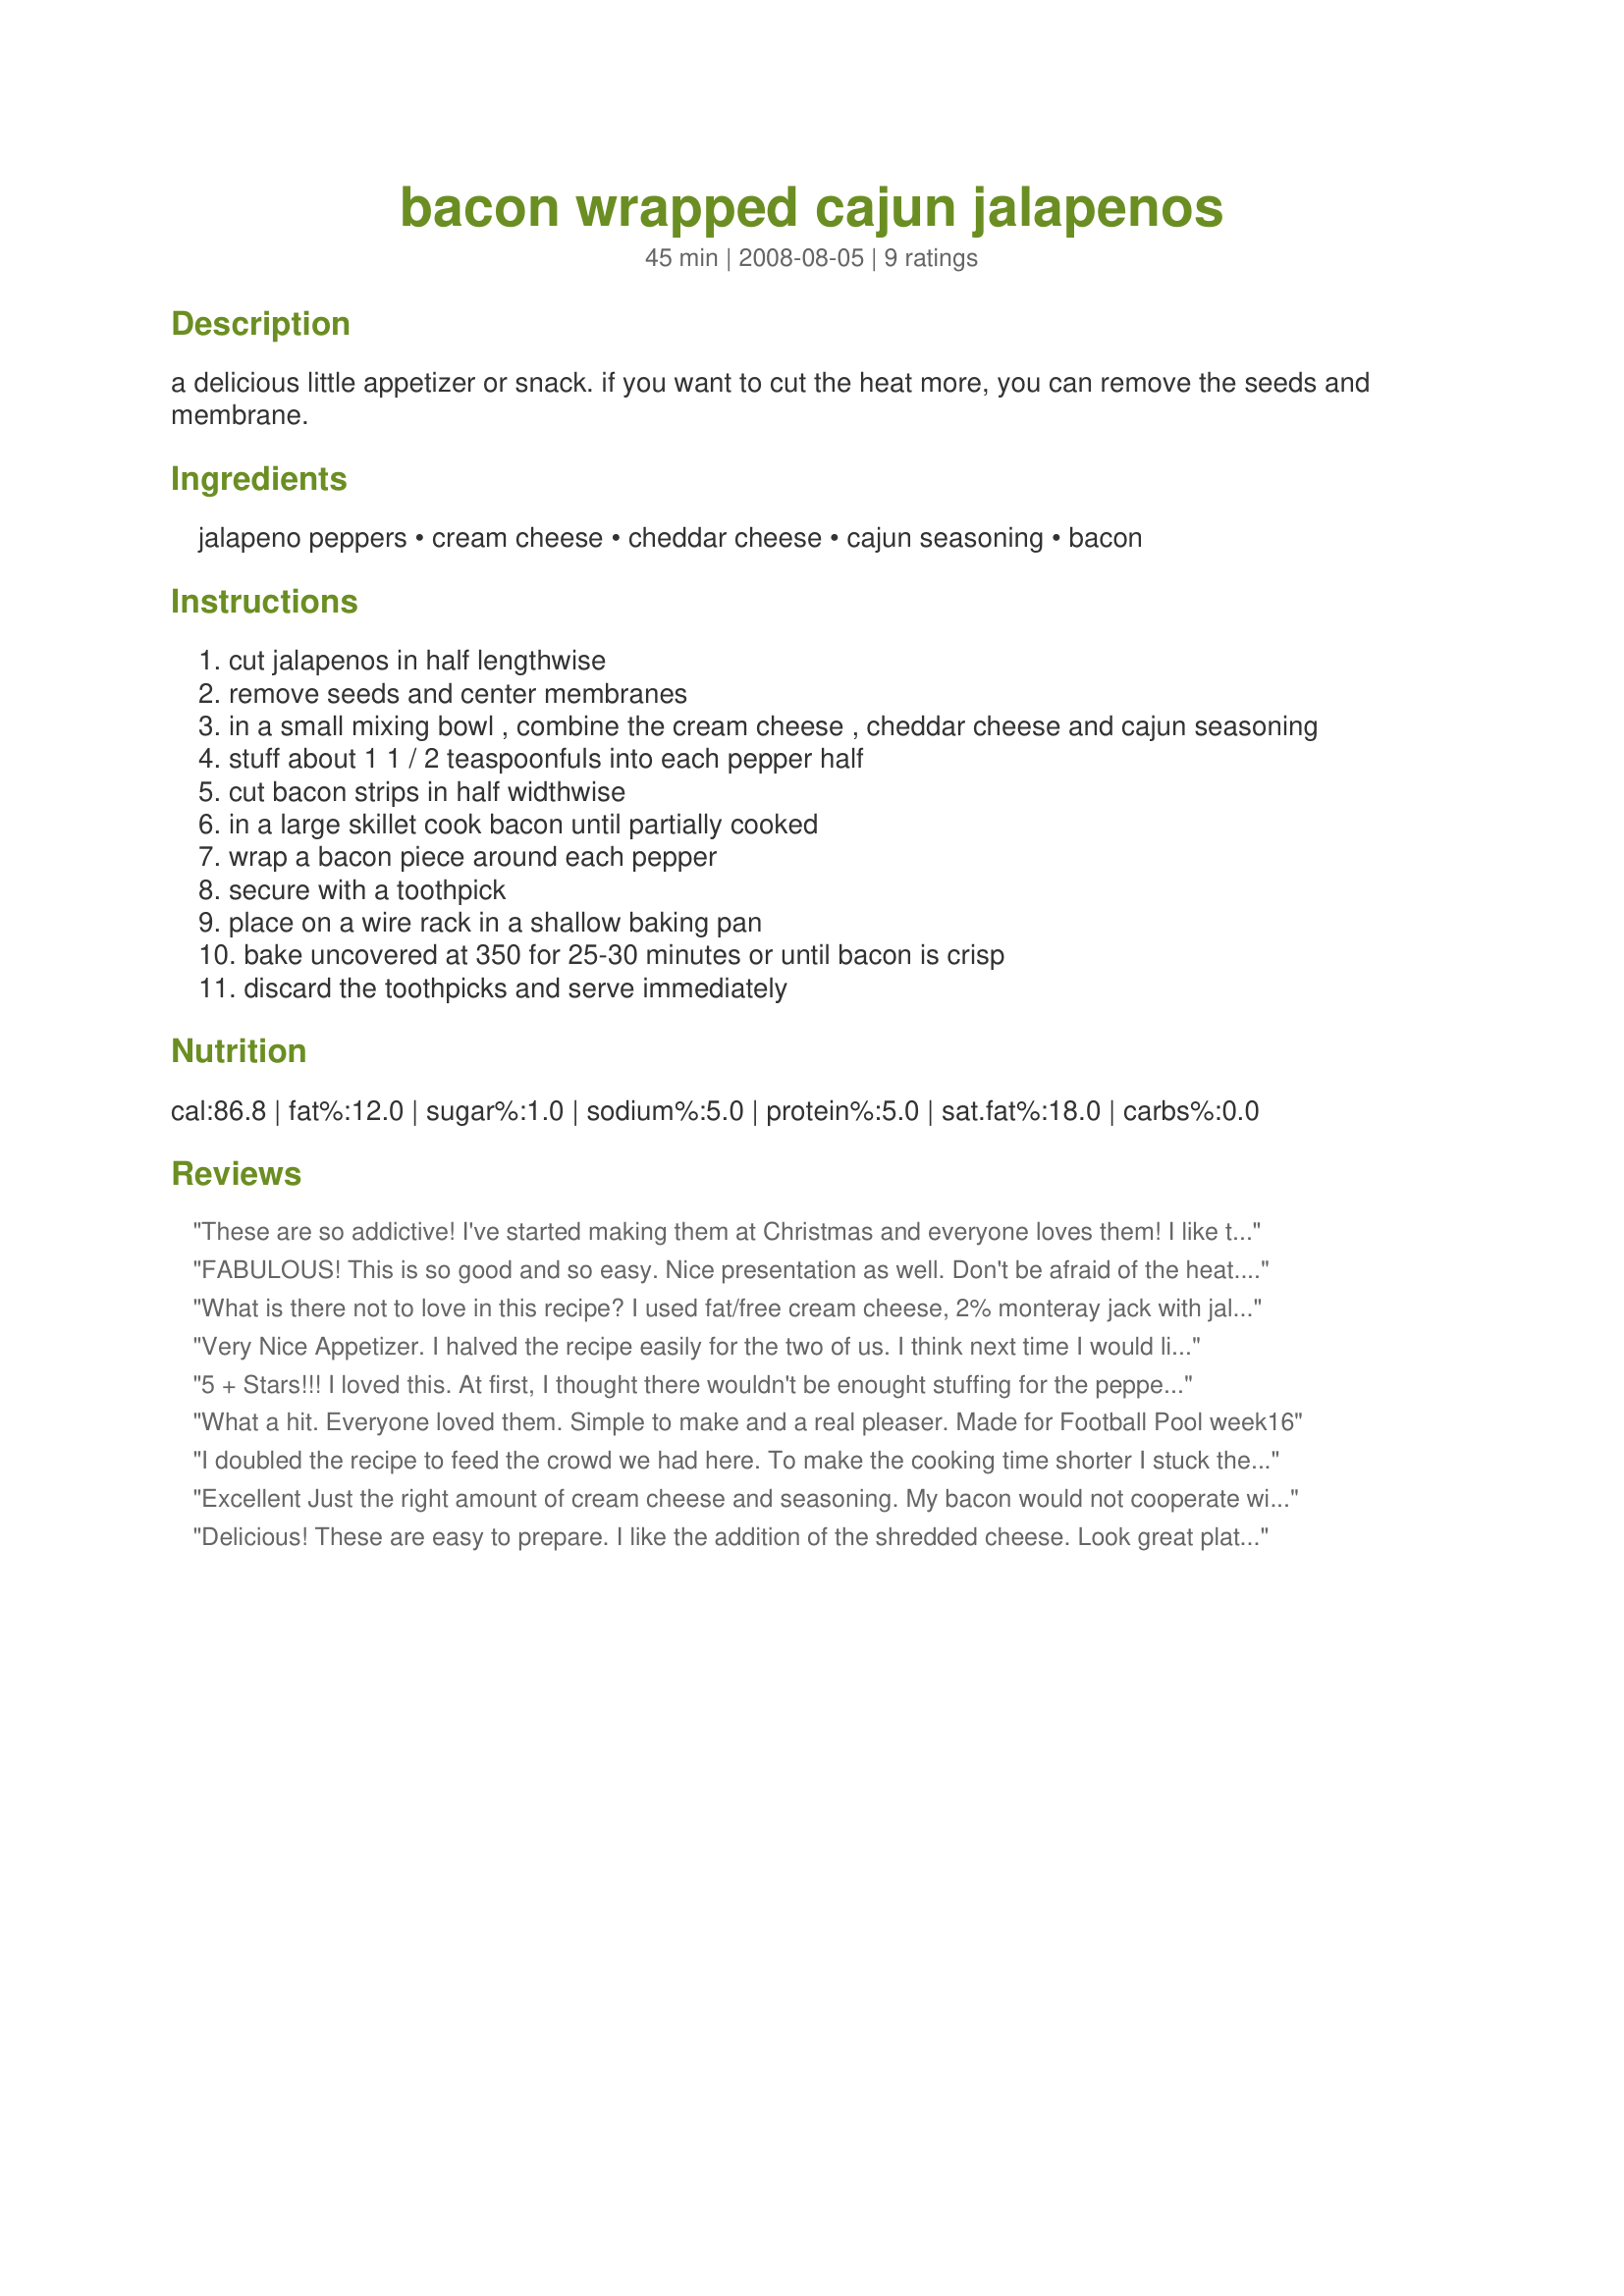
bacon wrapped cajun jalapenos
Preparation time: 45 minutes

a delicious little appetizer or snack. if you want to cut the heat more, you can remove the seeds and membrane.

Ingredients:
jalapeno peppers, cream cheese, cheddar cheese, cajun seasoning, bacon

Steps:
cut jalapenos in half lengthwise
remove seeds and center membranes
in a small mixing bowl , combine the cream cheese , cheddar cheese and cajun seasoning
stuff about 1 1 / 2 teaspoonfuls into each pepper half
cut bacon strips in half widthwise
in a large skillet cook bacon until partially cooked
wrap a bacon piece around each pepper
secure with a toothpick
place on a wire rack in a shallow baking pan
bake uncovered at 350 for 25-30 minutes or until bacon is crisp
discard the toothpicks and serve immediately

Reviews:
These are so addictive! I've started making them at Christmas and everyone loves them! I like to use smaller (1 or 2-bite) peppers, but any size are wonderful!
FABULOUS! This is so good and so easy. Nice presentation as well. Don't be afraid of the heat. Unless your jalapenos are very strong, cooking takes the "heat" out. Thanks ShebyJo for a keeper.
What is there not to love in this recipe? I used fat/free cream cheese, 2% monteray jack with jalapeno's cheese, ( self grated) and added a bit of minced green onion, because I had some sitting out from another recipe. Sprinkled top with paprika after baking. I used three types of peppers, Anaheim, Chocolate Congo Habanero's, and Jalapeno's. Each was delightful in it's own sense of a pepper, and the filling absolutely divine. Yum! Will be making these often, so quick and easy too!
Made for *Tic Tac Toe* Fall 2008
Very Nice Appetizer. I halved the recipe easily for the two of us. I think next time I would like to try them with white cheese such as Jack or Provolone along with the cream cheese. Thanks Shelby Jo. Made For The Best of 2008 Cookbook.
5 + Stars!!! I loved this. At first, I thought there wouldn't be enought stuffing for the peppers, as I bought the largest jalapenos I could find. But they were wonderful. After an appetizer like this, who wants dinner? I just wanted more of this appetizer! This is going into my keeper box. Made this for "Went to the Market" tag game. I am soooo glad I went to the market that day! Thanks for sharing this fabulous recipe!
What a hit. Everyone loved them. Simple to make and a real pleaser. Made for Football Pool week16
I doubled the recipe to feed the crowd we had here. To make the cooking time shorter I stuck the bacon in the microwave for about 2 minutes, patted the grease off with a paper towel, then wrapped them around the peppers. Microwaves vary in temperature, so if you try this make sure you take it out just as the bacon starts to crisp up. If you wait too long it won't wrap around the pepper good. These were delicious! No one here had ever had them but me, so it was a real treat for them! Everyone said to give them 5 stars, so 5 stars it is! Thank you for sharing your delicious appetizer with us Shelby Jo. It will be used many times!!! Made for Zaar Stars 1/09 Linda
Excellent Just the right amount of cream cheese and seasoning. My bacon would not cooperate with me so I removed the fat and layed strips of lean meat on top of each pepper. Worked out great. Other than that make as written. Made for Went to the Market. Thanks
Delicious! These are easy to prepare. I like the addition of the shredded cheese. Look great plated. Made as posted except I used a thin bacon for easier wrapping. Thanks for posting. :)
